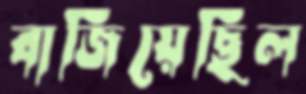
বাজিয়েছিল